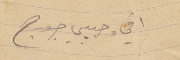
اخي وحبيبي جورج